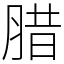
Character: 腊